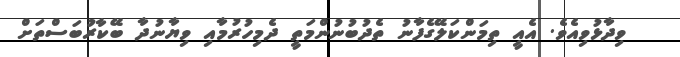
ވިދާޅުވިއެވެ. އެއީ ތިމަންކަލޭގެފާނު ތެދުބުނުންމަތީ ދެމިހުރުމާއި ވިޔާނުދާ ބޭކާރުބަސްތަށް